Leprosy in India: report of the Leprosy Commission in India, 1890-91
Year: 1890
Disease focus: Leprosy
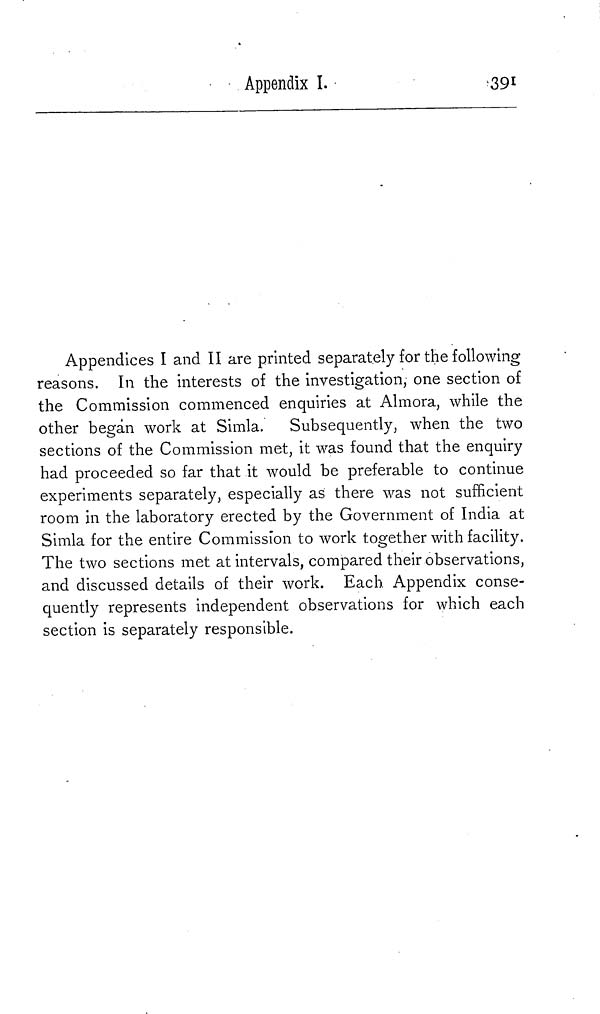
Appendix I.
391
Appendices I and II are printed separately for the following
reasons. In the interests of the investigation, one section of
the Commission commenced enquiries at Almora, while the
other began work at Simla. Subsequently, when the two
sections of the Commission met, it was found that the enquiry
had proceeded so far that it would be preferable to continue
experiments separately, especially as there was not sufficient
room in the laboratory erected by the Government of India at
Simla for the entire Commission to work together with facility.
The two sections met at intervals, compared their observations,
and discussed details of their work. Each Appendix conse-
quently represents independent observations for which each
section is separately responsible.